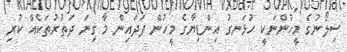
ސިލޯނުގެ މީހުންނަކީ ހުޅަނގު އިންޑިޔާގެ މީހުން ފަދައިން މާ ގިނަ ދަތުރުތަކެއް ކުރި